Lunatic asylums United Provinces 1899-1908 - 1899-1908
Year: 1899
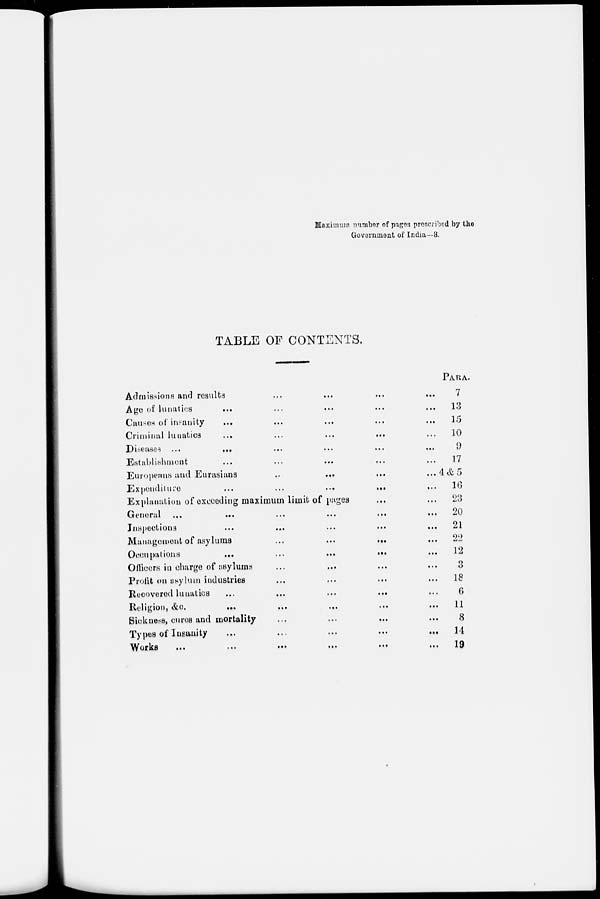
Maximum number of pages prescribed by the
Government of India—8.
TABLE OF CONTENTS.
Admissions and results
...
...
...
...
Age of lunatics... ... ... ... ...
Causes of insanity... ... ... ... ...
Criminal lunatics
...
...
...
...
Diseases ... ... ... ... ...
Establishment... ... ... ... ...
Europeans and Eurasians ... ... ... ...
Expenditure
...
...
...
...
...
Explanation of exceeding maximum limit of pages... ...
General... ... ... ... ...
Inspections... ... ... ... ...
Management of asylums
...
...
...
Occupations
...
...
...
...
...
Officers in charge of asylums... ... ... ...
Profit on asylum industries... ... ... ...
Recovered lunatics... ... ... ...
Religion, &c.... ... ... ...
Sickness, cures and mortality ... ... ...
Types of Insanity
...
...
...
...
...
Works
...
... ... ... ... ...
PARA.
7
13
15
10
9
17
4 & 5
16
23
20
21
22
12
3
18
6
11
8
14
19